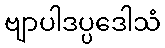
ဗျာပါဒပ္ပဒေါသံ